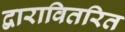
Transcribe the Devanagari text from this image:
द्वारावितरित